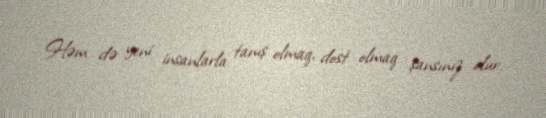
Həm də yeni insanlarla tanış olmaq, dost olmaq şansınız olur.